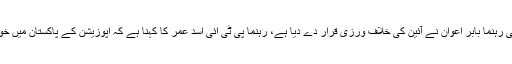
اس صورت حال کو پی ٹی آئی رہنما بابر اعوان نے آئین کی خلاف ورزی قرار دے دیا ہے، رہنما پی ٹی آئی اسد عمر کا کہنا ہے کہ اپوزیشن کے پاکستان میں خواتین کی کوئی جگہ نہیں ہے۔